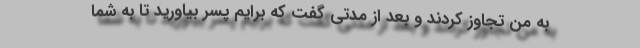
به من تجاوز کردند و بعد از مدتی گفت که برایم پسر بیاورید تا به شما